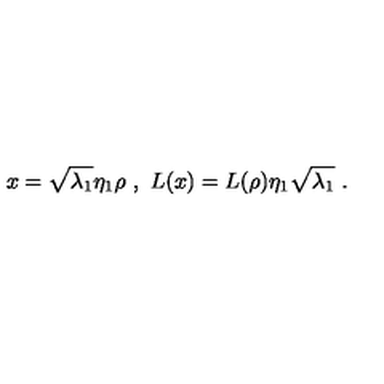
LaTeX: x = \sqrt { \lambda _ { 1 } } \eta _ { 1 } \rho \ , \ L ( x ) = L ( \rho ) \eta _ { 1 } \sqrt { \lambda _ { 1 } } \ .